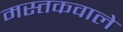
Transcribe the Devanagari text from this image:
मस्तकवाले